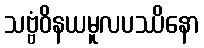
သဗ္ဗံဝိနယမူလပဿိနော